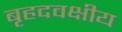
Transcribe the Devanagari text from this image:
बृहदवक्षीय